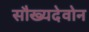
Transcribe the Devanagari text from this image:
सौख्यदेवोन